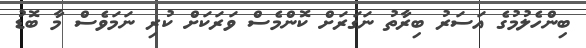
ބިންހެލުމުގެ އަސަރު ބިރާތު ނަގަރަށް ކޮންމެސް ވަރަކަށް ކުރި ނަމަވެސް މާ ބޮޑު